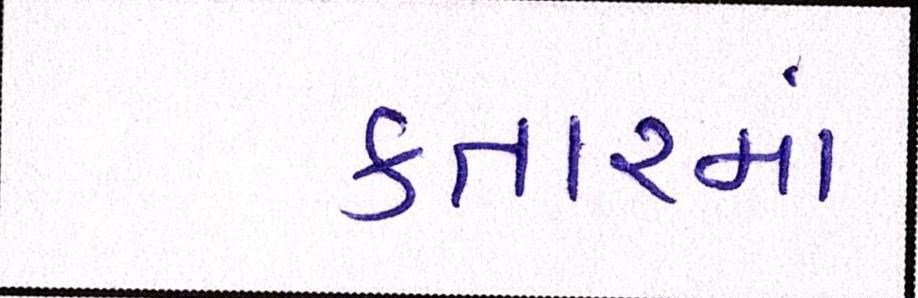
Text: કતારમાં